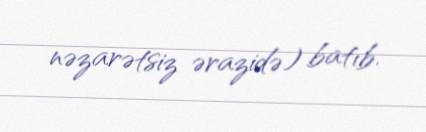
nəzarətsiz ərazidə) batıb.